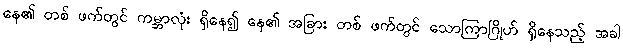
နေ၏ တစ် ဖက်တွင် ကမ္ဘာလုံး ရှိနေ၍ နေ၏ အခြား တစ် ဖက်တွင် သောကြာဂြိုဟ် ရှိနေသည့် အခါ